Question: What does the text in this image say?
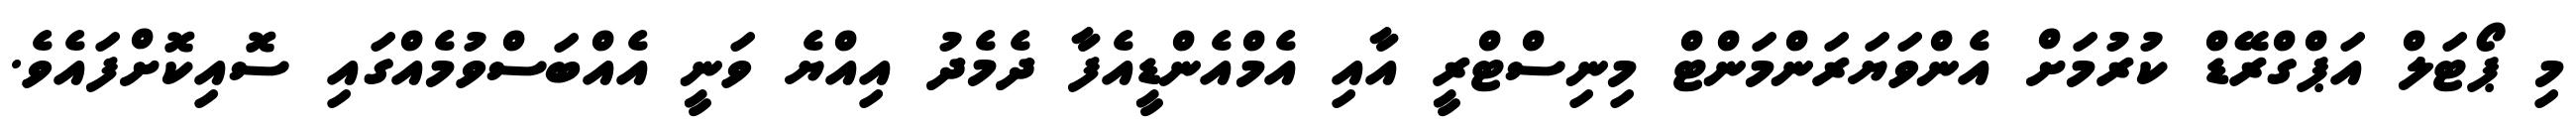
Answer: މި ޕޯޓަލް އަޕްގްރޭޑް ކުރުމަށް އެންވަޔަރަންމަންޓް މިނިސްޓްރީ އާއި އެމްއެންޑީއެފާ ދެމެދު އިއްޔެ ވަނީ އެއްބަސްވުމެއްގައި ސޮއިކޮށްފައެވެ.